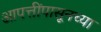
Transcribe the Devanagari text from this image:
आपत्तींपासूनच्या